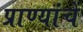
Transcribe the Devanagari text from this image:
प्राण्यांचें